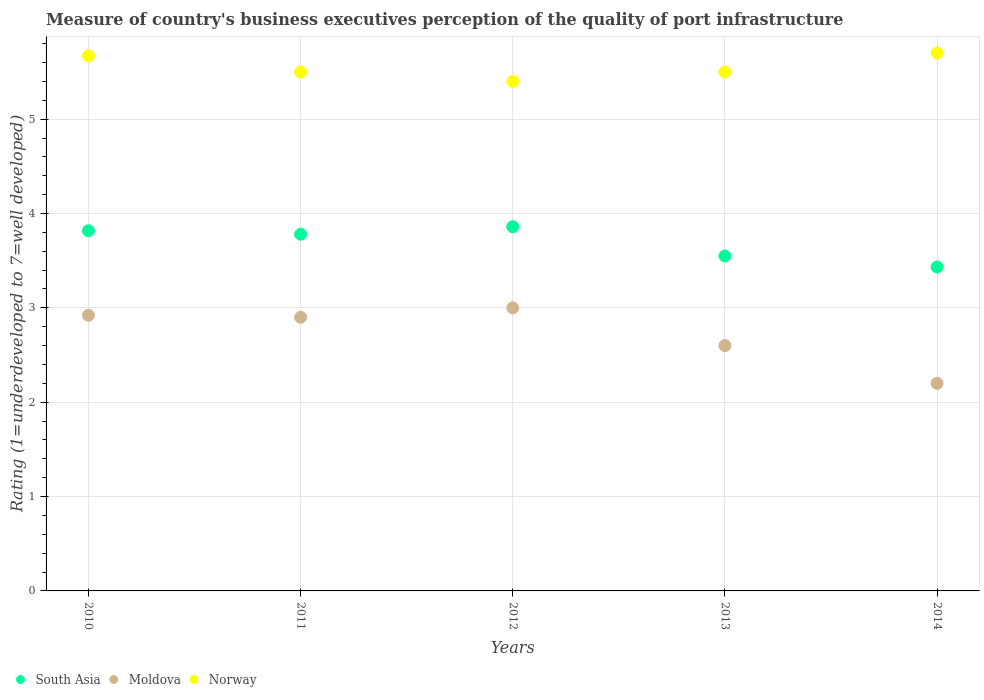
| Years | South Asia | Moldova | Norway |
 | --- | --- | --- | --- |
 | 2010 | 3.82 | 2.92 | 5.67 |
 | 2011 | 3.78 | 2.9 | 5.5 |
 | 2012 | 3.86 | 3 | 5.4 |
 | 2013 | 3.55 | 2.6 | 5.5 |
 | 2014 | 3.43 | 2.2 | 5.7 |